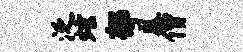
泛炫郁凰僧